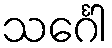
သင်္ဂေါ